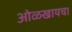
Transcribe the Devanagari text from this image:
ओळखायचा